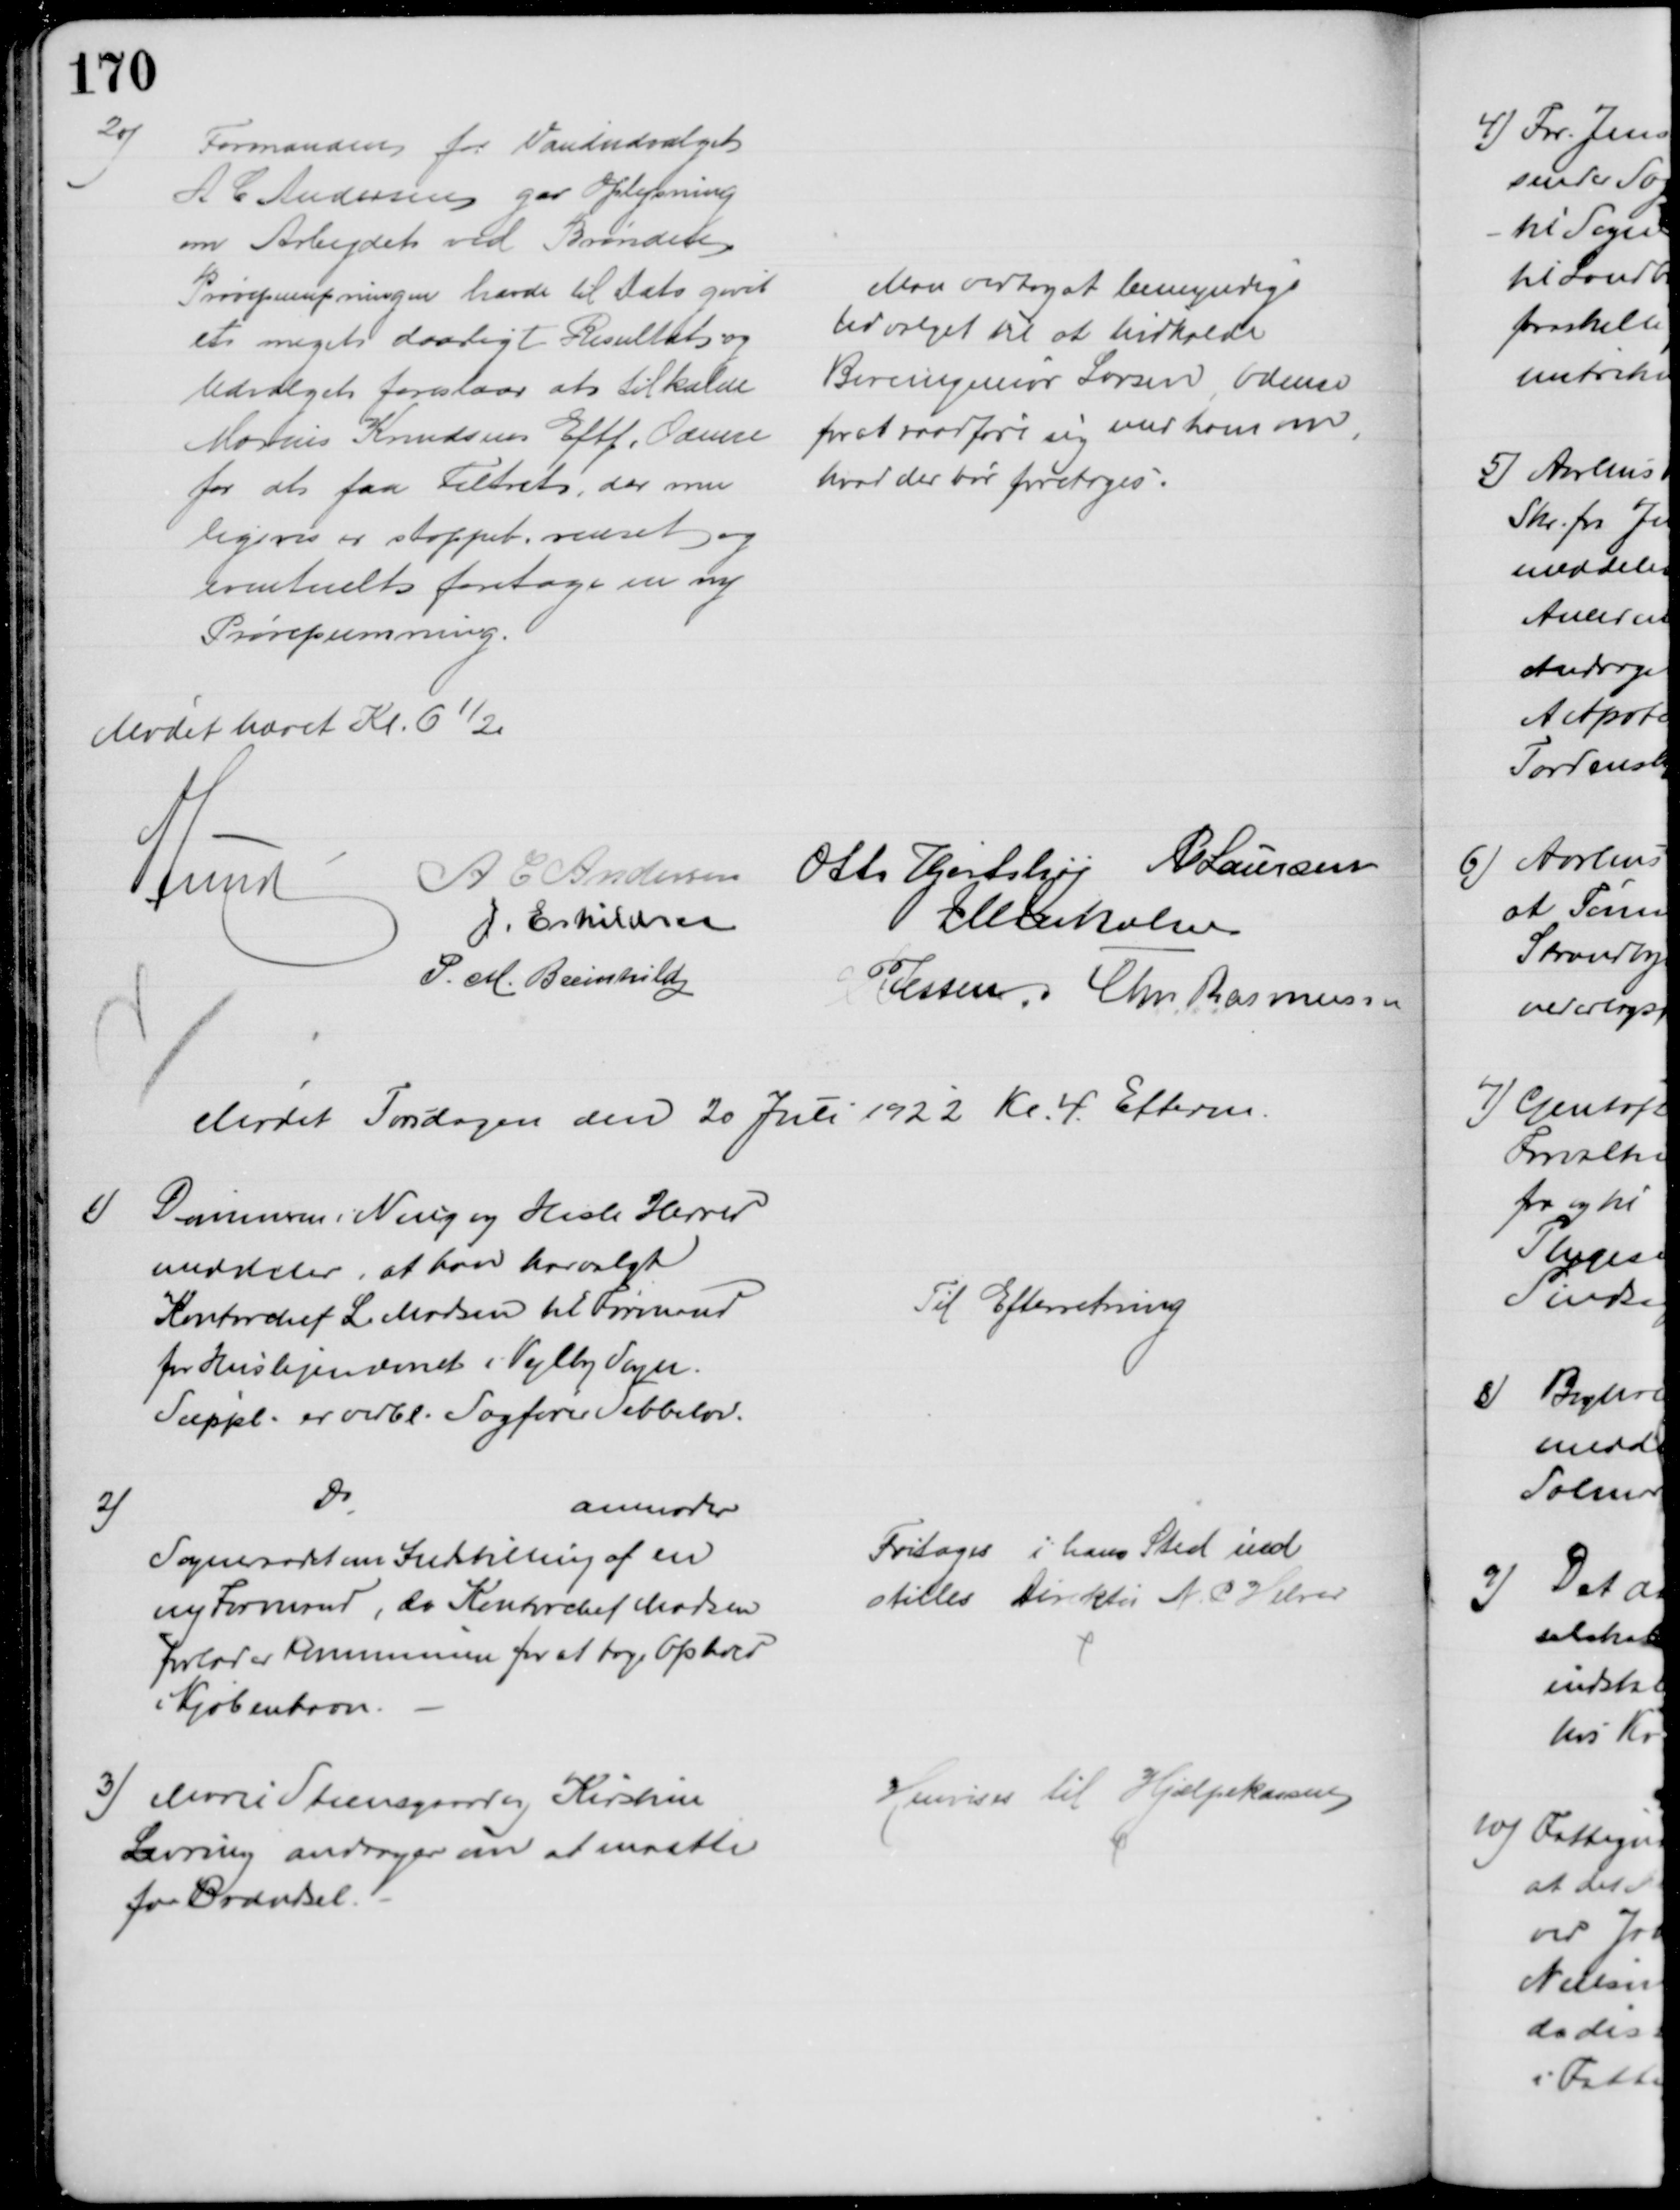
Transskription:
20)
Formanden for Vandudvalget
A C Andersen gav Oplysning
om Arbejdet ved Brønden
Prøvepumpningen havde til Dato givet 
et meget daarligt Resultat og 
Udvalget foreslaar at tilkalde
Marius Knudsens Eftf. Odense
for at faa Filtret, der mu
ligvis er stoppet, renset og 
eventuelt foretage en ny 
Prøvepumpning.
Man vedtog at bemyndige
Udvalget til at hidkalde
Boreingeniør Larsen, Odense
for at raadføre sig med ham om,
hvad der bør foretages.
Mødet hævet Kl. 6½
A Lund
A C Andersen
Otto Hortshøj P Laursen
J. Eskildsen
J M Jakobsen
P. M. Breinhild
P Jessen Chr Rasmussen
Mødet Torsdagen den 20 Juli 1922 Kl. 4. Efterm.
1)
Dommeren i Ning og Hasle Herred
meddeler, at han har valgt
Kontorchef L. Madsen til Formand
for Huslejenævnet i Vejlby Sogn.
Suppl. er vedbl. Sagfører Sebbelov.
Til Efterretning
2)
Do
anmoder
Sogneraadet om Indstilling af en
ny Formand, da Kontorchef Madsen
forlader Kommunen for at tage Ophold
Kjøbenhavn.
Fritoges i hans Sted ind
stilles Direktør N. P Helver
3) Marie Steensgaard og Kirstine
Levring andrager om at maatte
faa Brændsel.
Henvises til Hjælpekassen